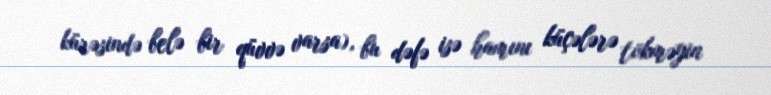
kürəsində belə bir qüvvə varsa), bu dəfə isə hamını küçələrə tökməyin